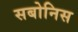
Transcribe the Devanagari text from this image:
सबोनिस